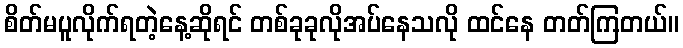
စိတ်မပူလိုက်ရတဲ့နေ့ဆိုရင် တစ်ခုခုလိုအပ်နေသလို ထင်နေ တတ်ကြတယ်။